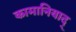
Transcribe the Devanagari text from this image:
कामानियाद्